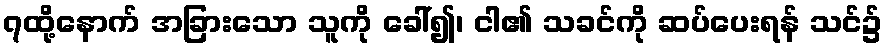
၇ထို့နောက် အခြားသော သူကို ခေါ်၍၊ ငါ၏ သခင်ကို ဆပ်ပေးရန် သင်၌